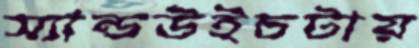
স্যান্ডউইচটায়